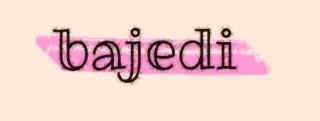
bajedi